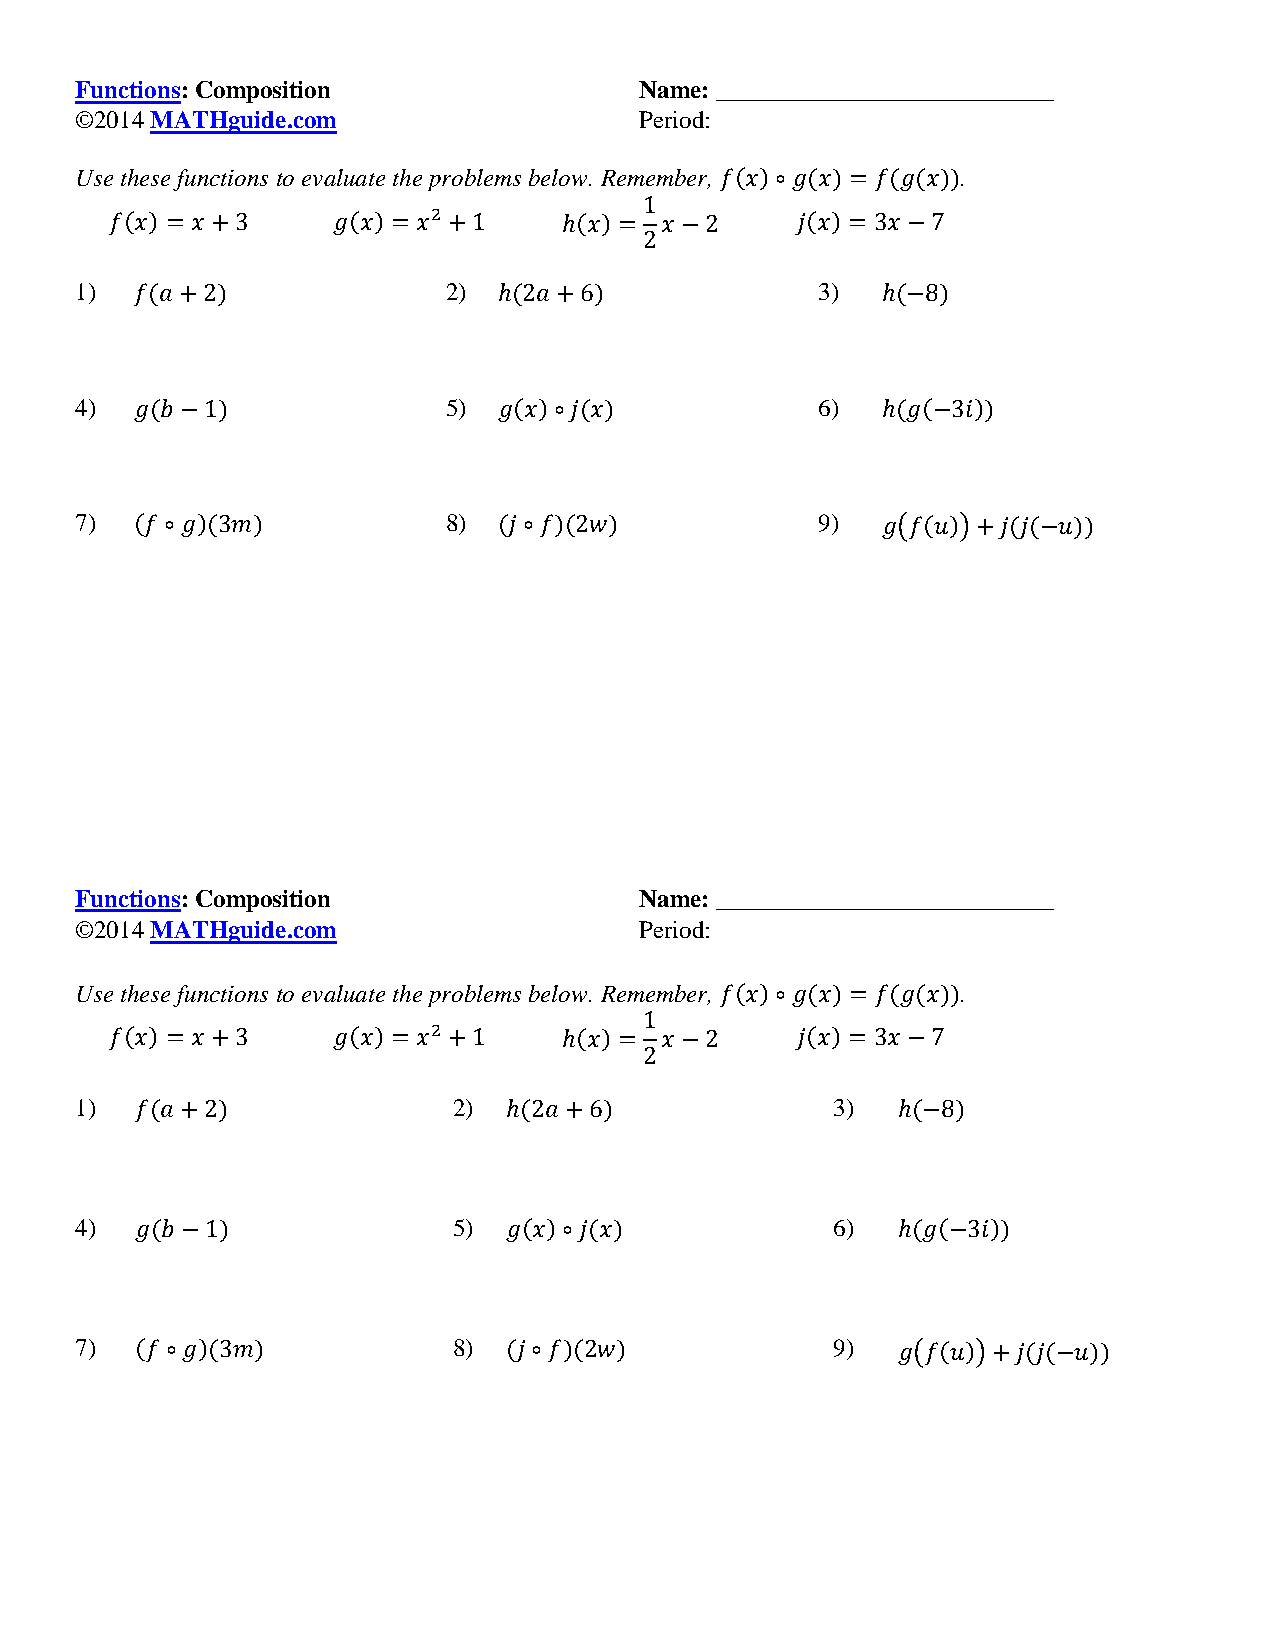
Functions: Composition               Name: ___________________________
 ©2014 MATHguide.com                  Period:
 Use these functions to evaluate the problems below. Remember, .
 1)                       2)                      3)
 4)                       5)                      6)
 7)                       8)                      9)
 Functions: Composition               Name: ___________________________
 ©2014 MATHguide.com                  Period:
 Use these functions to evaluate the problems below. Remember, .
 1)                       2)                       3)
 4)                       5)                       6)
 7)                       8)                       9)